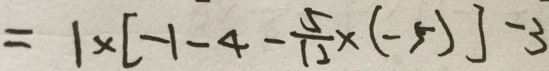
= 1 \times [ - 1 - 4 - \frac { 5 } { 1 2 } \times ( - 5 ) ] - 3